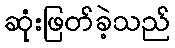
ဆုံးဖြတ်ခဲ့သည်